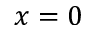
x = 0